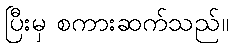
ပြီးမှ စကားဆက်သည်။